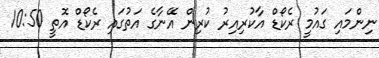
ނިންމައި ގައުމީ ރެކޯޑް އާކުރިިއިރު ކުރިން އޭނާގެ އަތުގައި ރެކޯޑް އޮތީ 10:50